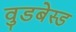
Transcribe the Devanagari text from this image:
वुडबेस्ड